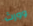
وورث